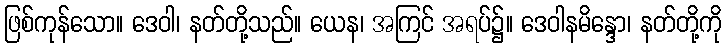
ဖြစ်ကုန်သော။ ဒေဝါ၊ နတ်တို့သည်။ ယေန၊ အကြင် အရပ်၌။ ဒေဝါနမိန္ဒော၊ နတ်တို့ကို